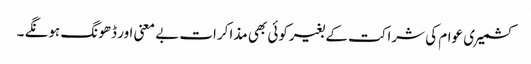
کشمیری عوام کی شراکت کے بغیرکوئی بھی مذاکرات بے معنی اور ڈھونگ ہونگے ۔